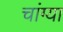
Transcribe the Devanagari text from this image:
चांग्या